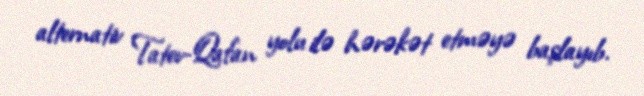
alternativ Tatev-Qafan yolu ilə hərəkət etməyə başlayıb.